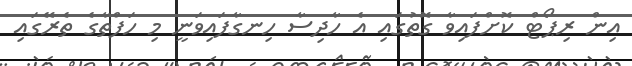
އިން ރިޕޯޓް ކޮށްފައިވާ ގޮތުގައި އެ ހާދިސާ ހިނގާފައިވަނީ މި ހަފްތާގެ ތެރޭގައި